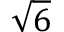
\sqrt { 6 }